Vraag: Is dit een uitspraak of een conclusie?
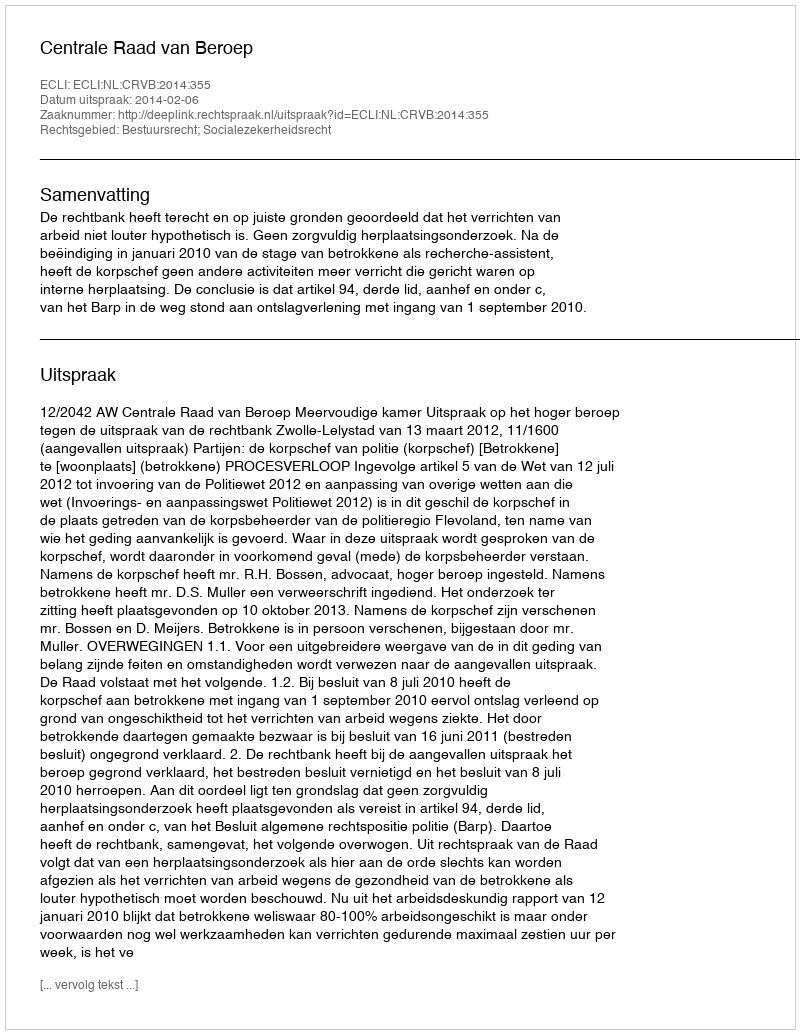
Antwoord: Uitspraak